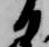
日